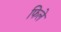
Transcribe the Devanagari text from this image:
फिले